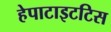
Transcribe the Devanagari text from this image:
हेपाटाइटटिस